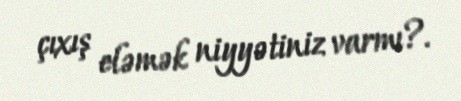
çıxış eləmək niyyətiniz varmı?.